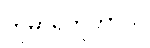
ကုမာရိဘူတာယ